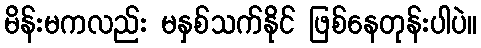
မိန်းမကလည်း မနှစ်သက်နိုင် ဖြစ်နေတုန်းပါပဲ။